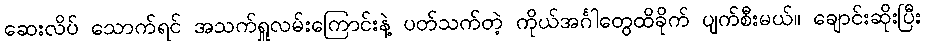
ဆေးလိပ် သောက်ရင် အသက်ရှူလမ်းကြောင်းနဲ့ ပတ်သက်တဲ့ ကိုယ်အင်္ဂါတွေထိခိုက် ပျက်စီးမယ်။ ချောင်းဆိုးပြီး